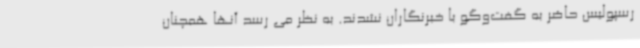
رسپولیس حاضر به گفت‌وگو با خبرنگاران نشدند. به نظر می رسد آنها همچنان